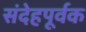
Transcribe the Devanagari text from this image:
संदेहपूर्वक